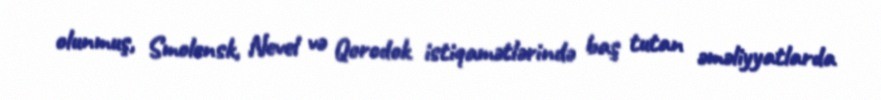
olunmuş, Smolensk, Nevel və Qorodok istiqamətlərində baş tutan əməliyyatlarda